Annual report on the Civil Veterinary Department, Burma (including the Insein Veterinary School) - 1923-1931
Year: 1923
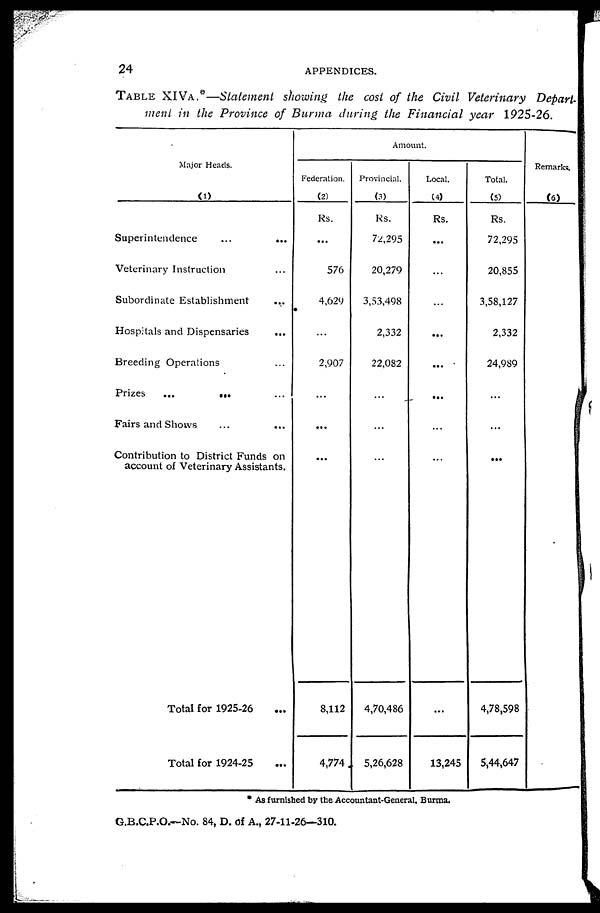
24
APPENDICES.
TABLE XIVA.*—Statement showing the cost of the Civil Veterinary Depart-
ment in the Province of Burma during the Financial year 1925-26.
Major Heads.
(1)
Superintendence
...
...
Veterinary Instruction ...
Subordinate Establishment
...
Hospitals and Dispensaries
...
Breeding Operations ...
Prizes
... ... ...
Fairs and Shows
...
...
Contribution to District Funds on
account of Veterinary Assistants.
Total for 1925-26 ...
Total for 1924-25 ...
Amount.
Federation.
(2)
Rs.
...
576
4,629
...
2,907
...
...
...
8,112
4,774
Provincial.
(3)
Rs.
72,295
20,279
3,53,498
2,332
22,082
...
...
...
4,70,486
5,26,628
Local.
(4)
Rs.
...
...
...
...
...
...
...
...
...
13,245
Total.
(5)
Rs.
72,295
20,855
3,58,127
2,332
24,989
...
...
...
4,78,598
5,44,647
Remarks.
(6)
* As furnished by the Accountant-General, Burma.
G.B.C.P.O.—No. 84, D. of A., 27-11-26—310.